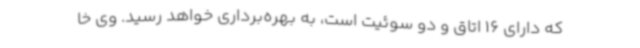
که دارای 16 اتاق و دو سوئیت است، به بهره‌برداری خواهد رسید. وی خا